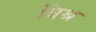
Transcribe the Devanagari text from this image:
बिश्र